Civil Veterinary Dept. Assam report 1911-1927 - 1911-1927
Year: 1911
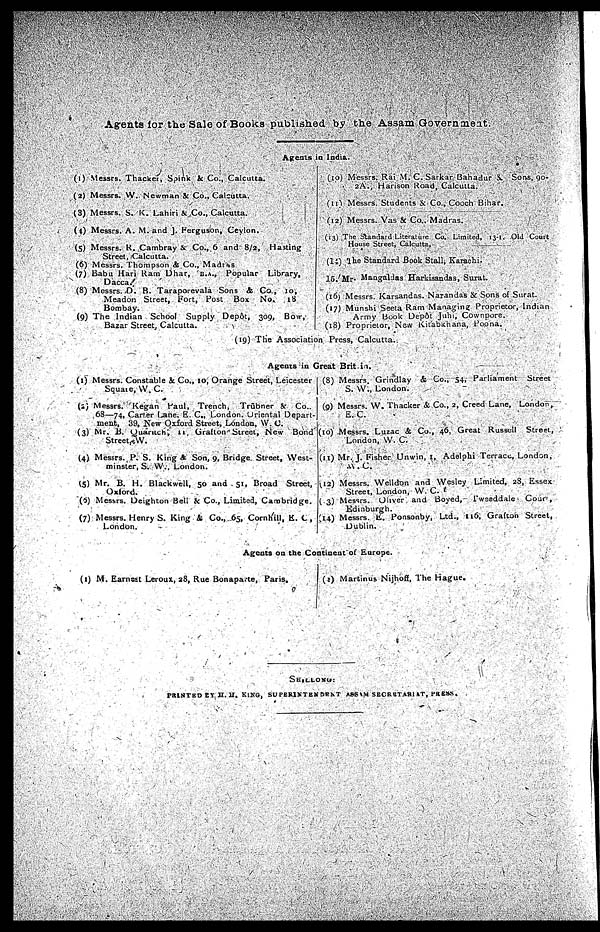
Agents for the Sale of Books published by the Assam Governmeat.
Agents in India.
(1) Messrs. Thacker, Spink & Co., Calcutta.
(2) Messrs. W. Newman & Co., Calcutta.
(3) Messrs. S. K. Lahiri & Co., Calcutta.
(4) Messrs. A. M. and J. Ferguson, Ceylon.
(5) Messrs. R. Cambray & Co., 6 and 8/2, Hasting
Street, Calcutta.
(6) Messrs. Thompson & Co., Madras
(7) Babu Hari Ram Dhar, B.A., Popular Library,
Dacca..
(8) Messrs. D. B. Taraporevala Sons & Co., 10,
Meadon Street, Fort, Post Box
No.
18
Bombay.
(9) The Indian School Supply Depot, 309, Bow,
Bazar Street, Calcutta.
(10) Messrs. Rai M. C. Sarkar Bahadur &. Sons, 90-
2A., Hanson Road, Calcutta.
(11) Messrs. Students & Co., Cooch Bihar.
(12) Messrs. Vas & Co., Madras.
(13) The Standard Literature Co. Limited, 13-1. Old Court
House Street, Calcutta,
(14) The Standard Book Stall, Karachi.
15 Mr. Mangaldas Harkisandas, Surat.
(16) Messrs. Karsandas. Narandas & Sons of Surat.
(17) Munshi Seeta Ram Managing Proprietor, Indian
Army book Depot Juhi, Cownpore.
(18) Proprietor, New Kitabkhana, Poona.
(19) The Association Press, Calcutta..
(1) Messrs. Constable & Co., 10, Orange Street, Leicester
Square, W. C.
(a) Messrs. Kegan Paul, Trench, Trübner & Co..
68—74, Carter Lane, E. C., London. Oriental Depart-
ment, 39, New Oxford Street, London, W. C.
(3) Mr. B. Quarach, n. Grafton Street, New Bond
Street, W.
(4) Messrs. P. S. King & Son, 9, Bridge. Street, West-
minster, S. W., London.
(5) Mr. B. H. Blackwell, 50 and 51, Broad Street,
Oxford.
(6) Messrs. Deighton Bell & Co., Limited, Cambridge.
(7) Messrs. Henry S. King & Co., 65, Cornhill, E. C,
London.
Agents in Great Brit-in.
(8) Messrs. Grindlay & Co., 54, Parliament Street
S. W., London.
(9) Messrs. W. Thacker & Co., 2, Creed Lane, London,
E..C.
(10) Messrs. Luzac & Co., 46, Great Russell Street.,
London, W. C.
(II) Mr. J. Fisher Unwin, 1, Adelphi Terrace, London,
W. C.
(12) Messrs. Welldun and Wesley Limited, 28, Essex
Street, London, W. C
( 3) Messrs. Oliver and Boyed, Twseddale
Cour,
Edinburgh.
(14) Messrs. E. Ponsonby, Ltd., 116, Grafton Street,
Dublin.
Agents on the Continent of Europe.
(1) M. Earnest Leroux, 28, Rue Bonaparte, Paris,
(2) Martinus Nijhoff, The Hague.
SHILLONG:
PRINTED BY H. H. KING, SUPERlNTENDENT ASSAM SECRETARI AT, PRESS,